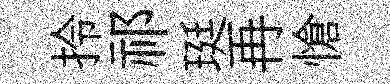
拎祁珽再愴